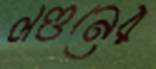
লণ্ডনের